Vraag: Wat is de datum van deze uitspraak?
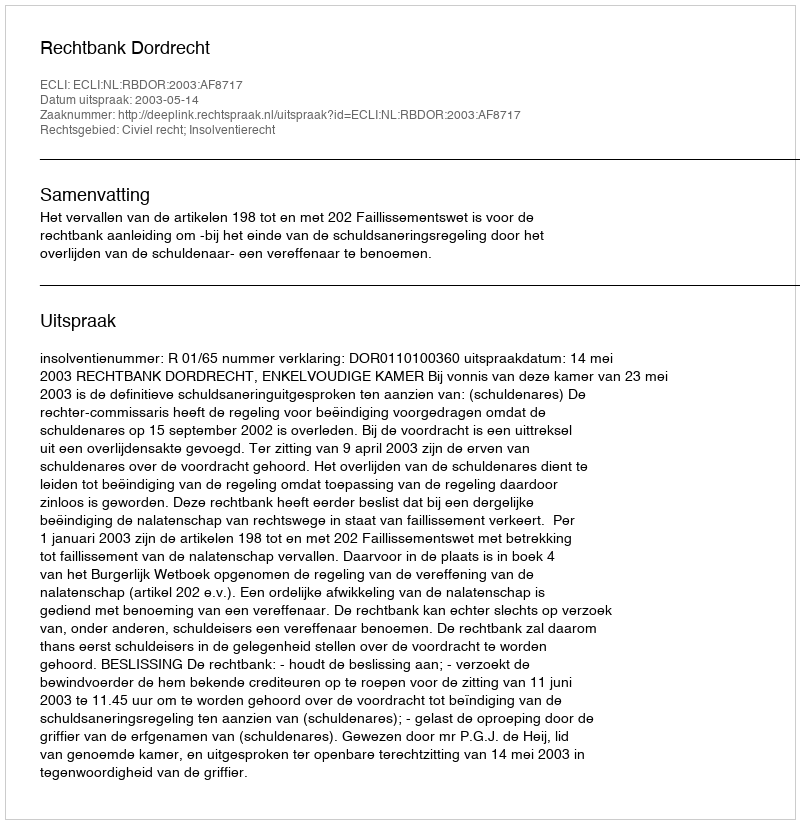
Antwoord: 2003-05-14